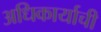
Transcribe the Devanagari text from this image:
अधिकार्याची